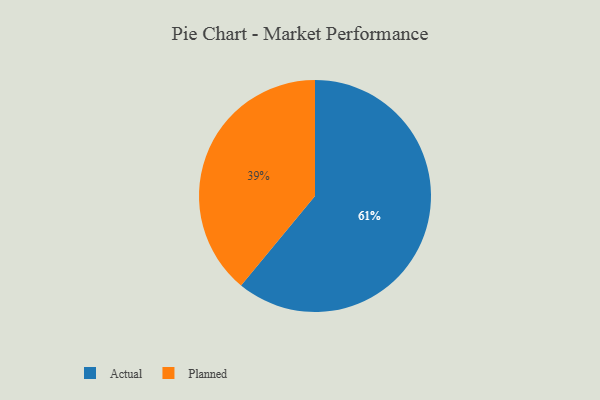
{"axis": {"x": "Category", "y": "Percentage"}, "legend": ["Actual", "Planned"], "data": [{"x": "Planned", "y": 39, "type": "Planned"}, {"x": "Actual", "y": 61, "type": "Actual"}]}